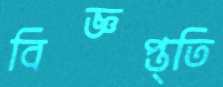
বিজ্ঞপ্ত্তি